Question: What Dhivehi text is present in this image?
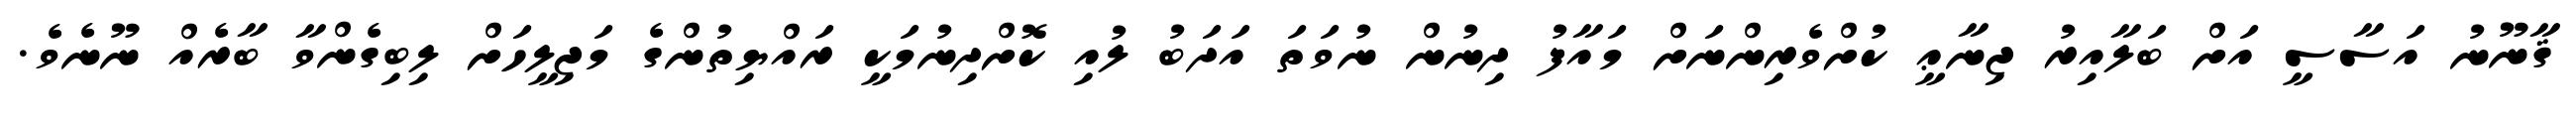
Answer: ޤާނޫނު އަސާސީ އަށް ބަލާއިރު ޖިނާޢީ ކުށްވެރިންނަށް މައާފު ދިނުން ނުވަތަ އަދަބު ލުއި ކޮށްދިނުމަކީ ރައްޔިތުންގެ މަޖިލީހަށް ލިބިގެންވާ ބާރެއް ނޫނެވެ.